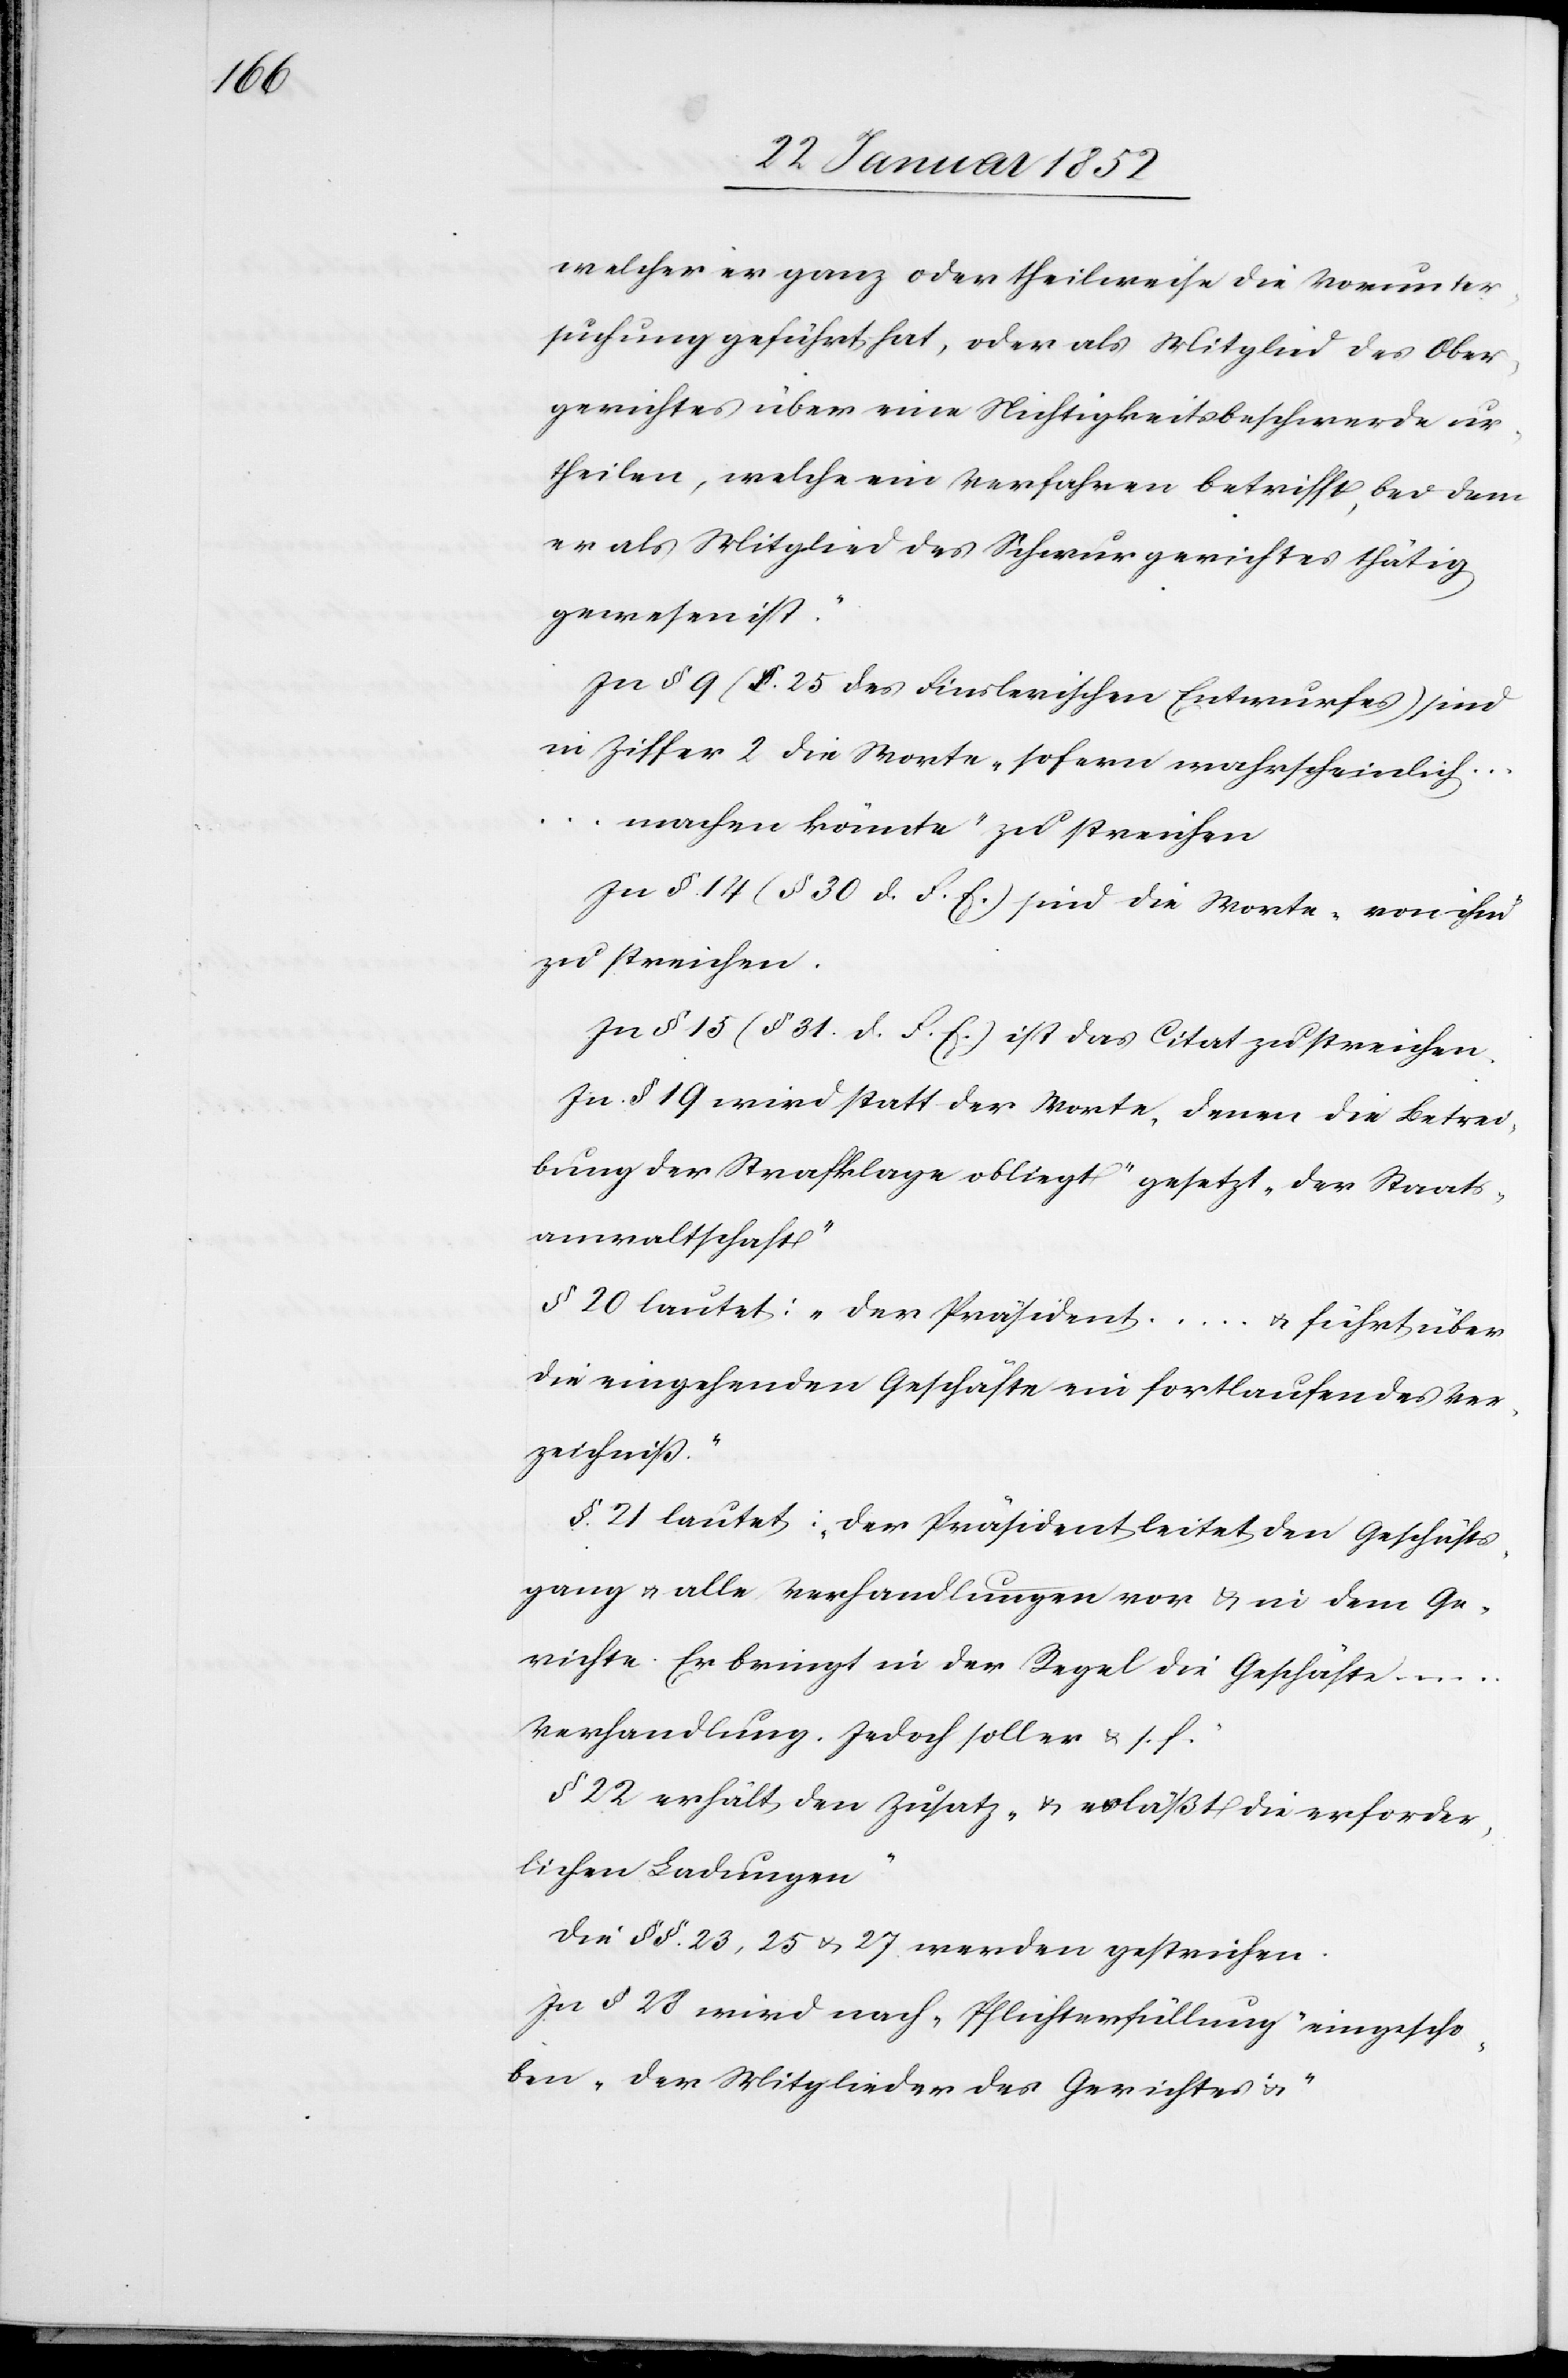
welcher er ganz oder theilweise die Vorunter¬
suchung geführt hat, oder als Mitglied des Ober¬
gerichtes über eine Nichtigkeitsbeschwerde ur¬
theilen, welche ein Verfahren betrifft, bei dem
er als Mitglied des Schwurgerichtes thätig
gewesen ist.“
In § 9 (§. 25 des Finslerischen Entwurfes) sind
in Ziffer 2 die Worte „sofern wahrscheinlich
machen könnte“ zu streichen.
In § 14 (§ 30. d. F. E.) ist sind die Worte „von ihm“
zu streichen.
In § 15 (§ 31. d. F. E.) ist das Citat zu streichen.
In § 19 wird statt der Worte „denen die Betrei¬
bung der Strafklage obliegt“ gesetzt „der Staats¬
anwaltschaft“
§ 20 lautet: „der Präsident […] u. führt über
die eingehenden Geschäfte ein fortlaufendes Ver¬
zeichniß.“
§. 21 lautet: „der Präsident leitet den Geschäfts¬
gang u. alle Verhandlungen vor u. in dem Ge¬
richte. Er bringt in der Regel die Geschäfte
Verhandlung. Jedoch soll er u. s. f.“
§ 22 erhält den Zusatz „u. verläßt die erforder¬
lichen Ladungen“
Die §§. 23, 25 u. 27 werden gestrichen.
In § 23 wird nach „Pflichterfüllung“ eingescho¬
ben „der Mitglieder des Gerichtes u.“